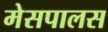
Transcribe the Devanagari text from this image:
मेसपालस